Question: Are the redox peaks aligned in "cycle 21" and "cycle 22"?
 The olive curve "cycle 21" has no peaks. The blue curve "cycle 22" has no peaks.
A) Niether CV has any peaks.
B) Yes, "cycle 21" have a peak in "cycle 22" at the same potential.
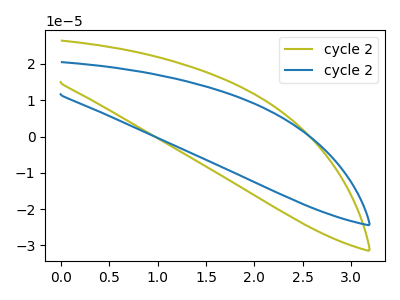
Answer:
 <answer>A) Niether CV has any peaks.</answer>
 <eval>A</eval>